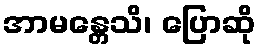
အာမန္တေသိ၊ ပြောဆို